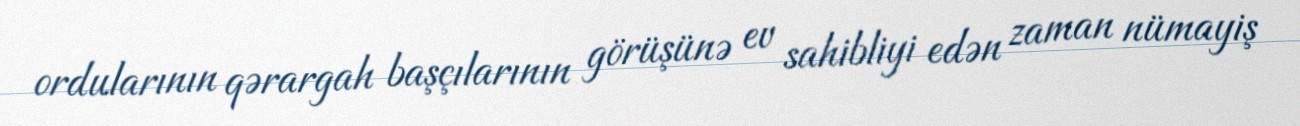
ordularının qərargah başçılarının görüşünə ev sahibliyi edən zaman nümayiş